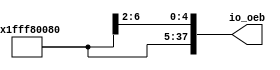
// SPDX-FileCopyrightText: 2020 Efabless Corporation
//
// Licensed under the Apache License, Version 2.0 (the "License");
// you may not use this file except in compliance with the License.
// You may obtain a copy of the License at
//
//      http://www.apache.org/licenses/LICENSE-2.0
//
// Unless required by applicable law or agreed to in writing, software
// distributed under the License is distributed on an "AS IS" BASIS,
// WITHOUT WARRANTIES OR CONDITIONS OF ANY KIND, either express or implied.
// See the License for the specific language governing permissions and
// limitations under the License.
// SPDX-License-Identifier: Apache-2.0

`default_nettype none
/*
 *-------------------------------------------------------------
 *
 * user_proj_example
 *
 * This is an example of a (trivially simple) user project,
 * showing how the user project can connect to the logic
 * analyzer, the wishbone bus, and the I/O pads.
 *
 * This project generates an integer count, which is output
 * on the user area GPIO pads (digital output only).  The
 * wishbone connection allows the project to be controlled
 * (start and stop) from the management SoC program.
 *
 * See the testbenches in directory "mprj_counter" for the
 * example programs that drive this user project.  The three
 * testbenches are "io_ports", "la_test1", and "la_test2".
 *
 *-------------------------------------------------------------
 */
 
/// sta-blackbox
module ioenb(
`ifdef USE_POWER_PINS
    inout vccd1,	// User area 1 1.8V supply
    inout vssd1,	// User area 1 digital ground
`endif

    output [37:0] io_oeb

);
assign  io_oeb[11:5]={7{1'b0}}; //Outputs
assign  io_oeb[12]={1'b1}; //Inputs
assign  io_oeb[13]={1'b0}; //Outputs
assign  io_oeb[18+5:9+5]={10{1'b0}}; //Outputs
assign io_oeb[21+5:19+5]={3{1'b1}}; // Inputs
assign io_oeb[28+5:22+5]={7{1'b1}}; // Inputs


assign io_oeb[37:34]={4{1'b1}}; // Inputs


endmodule

`default_nettype wire